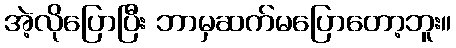
အဲ့လိုပြောပြီး ဘာမှဆက်မပြောတော့ဘူး။